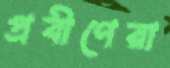
প্রবীণেরা